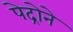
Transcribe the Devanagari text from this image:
पेद्रोने